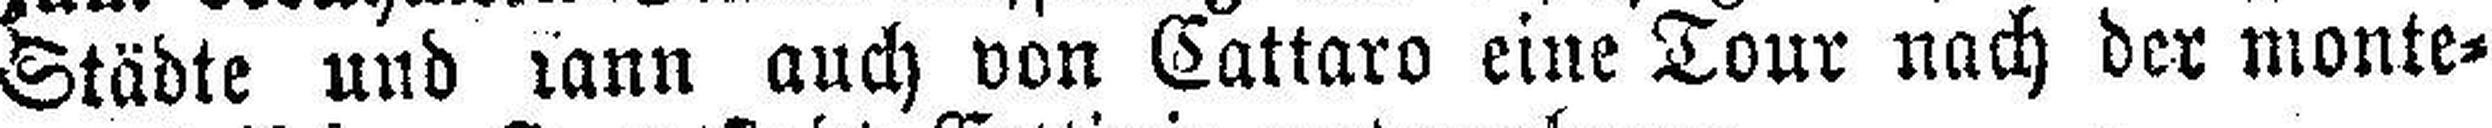
Städte und kann auch von Cattaro eine Tour nach der monte¬